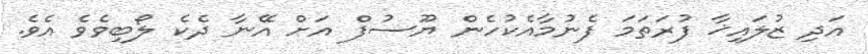
އަދި ޒުލައިޚާ ފުރަތަމަ ފެނުމާއެކުހެން ޔޫސުފް އަށް އޭނާ ދެކެ ލޯބިވެވެ އެވެ.